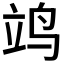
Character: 𫁡